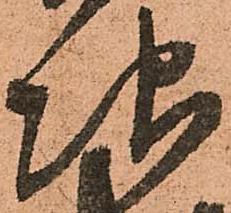
次